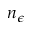
n _ { \epsilon }